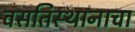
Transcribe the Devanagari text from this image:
वसतिस्थानाचा